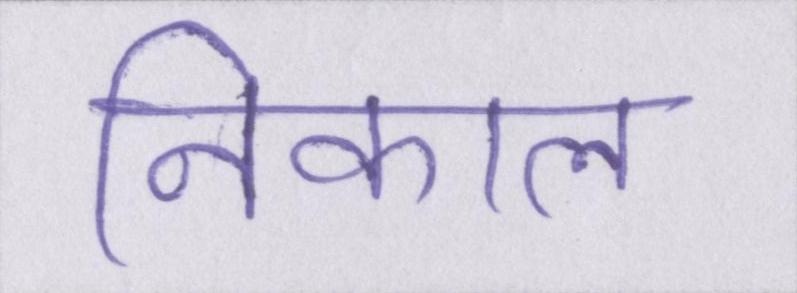
निकाल